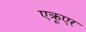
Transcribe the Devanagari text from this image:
एक्रूएर